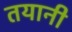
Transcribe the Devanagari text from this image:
तयानी